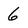
Character: 6